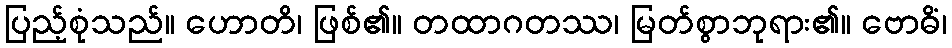
ပြည့်စုံသည်။ ဟောတိ၊ ဖြစ်၏။ တထာဂတဿ၊ မြတ်စွာဘုရား၏။ ဗောဓိံ၊